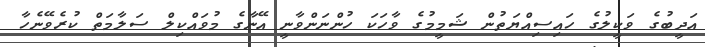
އަދީބުގެ ވަކީލުގެ ހައިސިއްޔަތުން ޝަމީމުގެ ވާހަކަ ހުންނަންވާނީ އޭނާގެ މުވައްކިލް ސަލާމަތް ކުރެވޭނެހާ